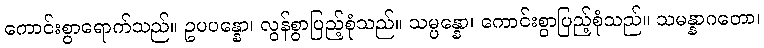
ကောင်းစွာရောက်သည်။ ဥပပန္နော၊ လွန်စွာပြည့်စုံသည်။ သမ္ပန္နော၊ ကောင်းစွာပြည့်စုံသည်။ သမန္နာဂတော၊